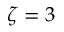
\zeta = 3